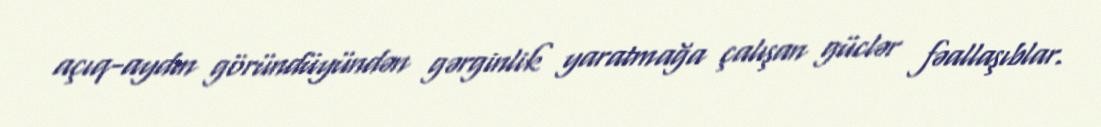
açıq-aydın göründüyündən gərginlik yaratmağa çalışan güclər fəallaşıblar.